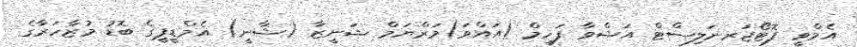
އެމްވީ ފޮޓޯޖަރނަލިސްޓް އަޝްވާ ފަހީމް (އައްވަ)މަރްޔަމް ޝަނީޒާ (ޝާނީ) އެމްޑީޕީގެ ބޮޑު މުޒާހަރާގެ